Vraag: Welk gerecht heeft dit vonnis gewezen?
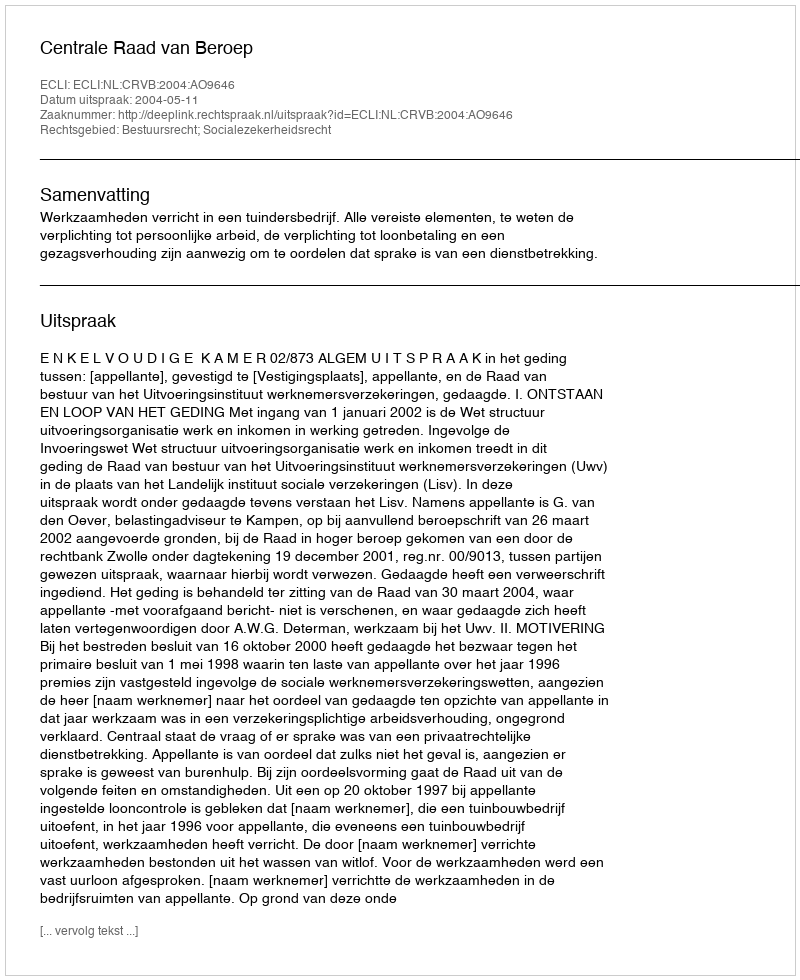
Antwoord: Centrale Raad van Beroep